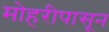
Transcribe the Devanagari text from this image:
मोहरीपासून